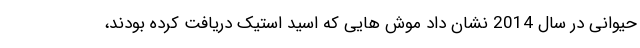
حیوانی در سال 2014 نشان داد موش هایی که اسید استیک دریافت کرده بودند،